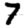
Digit: 7